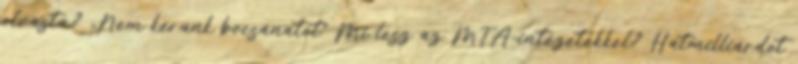
olvasta? „Nem kérünk bocsánatot” Mi lesz az MTA-intézetekkel? Hatmilliárdot